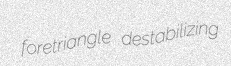
foretriangle destabilizing